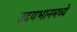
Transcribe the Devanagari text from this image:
उदयभानमध्ये